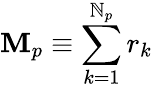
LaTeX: \mathbf{M}_{p}\equiv\sum_{k=1}^{\mathbb{N}_{p}}r_{k}